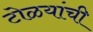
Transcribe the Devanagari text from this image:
टोळयांची